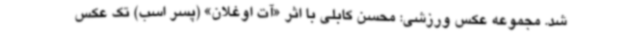
شد. مجموعه عکس ورزشی: محسن کابلی با اثر «آت اوغلان» (پسر اسب) تک عکس